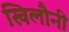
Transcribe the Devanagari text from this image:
खिलौनी